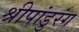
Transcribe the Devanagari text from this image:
श्रीपांडुरंग